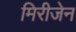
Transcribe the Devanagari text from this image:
मिरीजेन